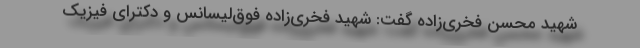
شهید محسن فخری‌زاده گفت: شهید فخری‌زاده فوق‌لیسانس و دکترای فیزیک